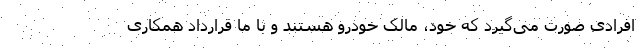
افرادی صورت می‌گیرد که خود، مالک خودرو هستند و با ما قرارداد همکاری